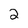
Character: 2